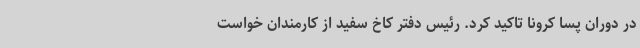
در دوران پسا کرونا تاکید کرد. رئیس دفتر کاخ سفید از کارمندان خواست